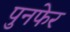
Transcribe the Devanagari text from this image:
पुनफेर